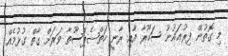
މި ގޮތުން ފިރުޢައުނު ސަހޫރާ އާއި ރާނީ ހަތްޝެޕްސޫތާ ވަރަށް ގާތް ގުޅުމެއް